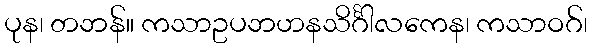
ပုန၊ တဘန်။ ကသာဥပဘဟနသိင်္ဂါလကေန၊ ကသာဝဂ်၊